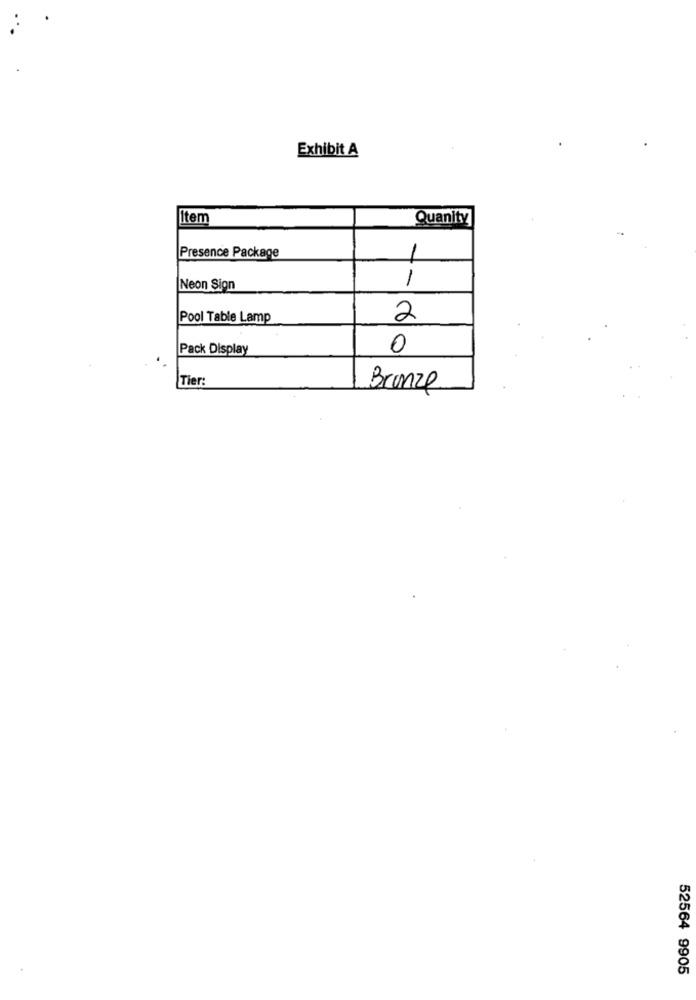
Exhibit A
|Item
Quanity
Presence Package
1
1
Neon Sign
Pool Table Lamp
2
Pack Display
0
Tier:
Bronze
52564 9905